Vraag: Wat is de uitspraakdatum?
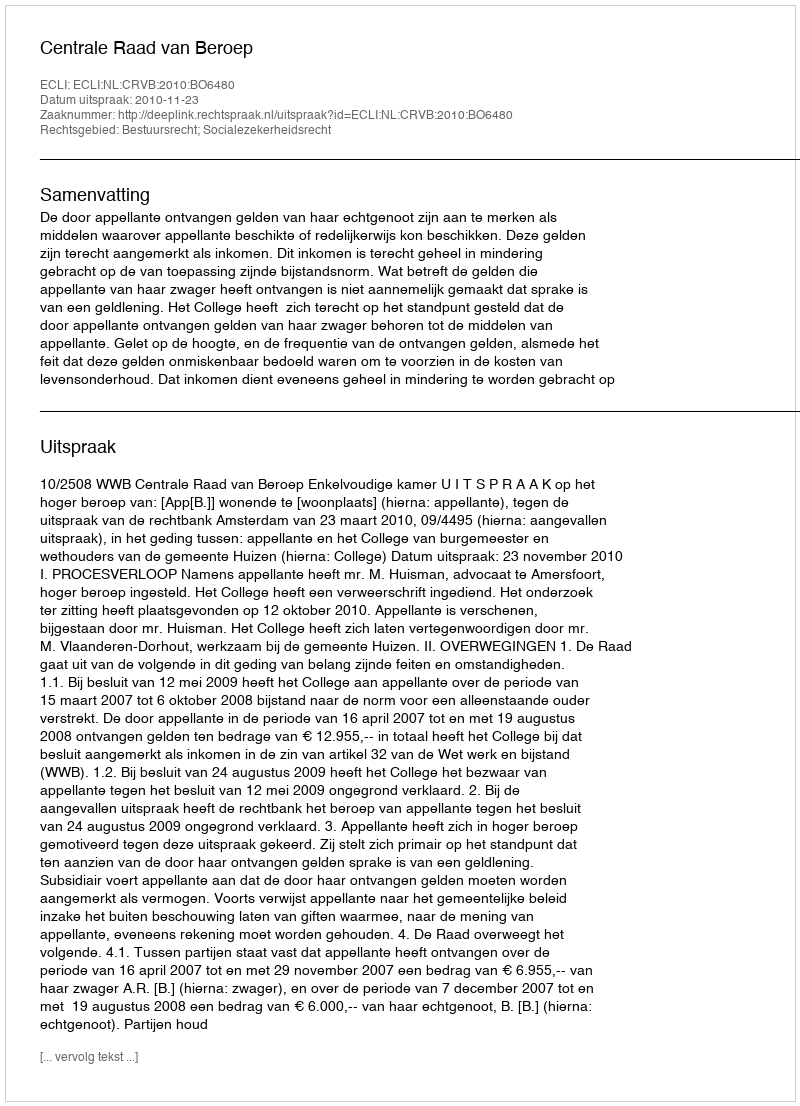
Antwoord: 2010-11-23